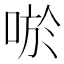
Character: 唹